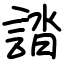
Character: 誻